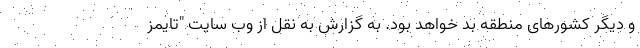
و دیگر کشورهای منطقه بد خواهد بود. به گزارش به نقل از وب سایت "تایمز